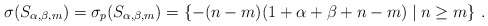
\begin{align*}\sigma(S_{\alpha, \beta,m})=\sigma_p(S_{\alpha, \beta, m})=\left\{-(n-m)(1+\alpha+\beta+n-m)\mid n\geq m\right\}\,.\end{align*}